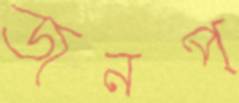
জনপ্